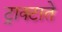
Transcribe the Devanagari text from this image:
ट्राक्टाते